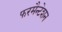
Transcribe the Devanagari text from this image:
फरमैन्टेशन